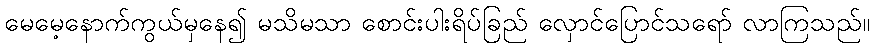
မေမေ့နောက်ကွယ်မှနေ၍ မသိမသာ စောင်းပါးရိပ်ခြည် လှောင်ပြောင်သရော် လာကြသည်။